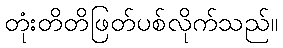
တုံးတိတိဖြတ်ပစ်လိုက်သည်။